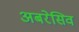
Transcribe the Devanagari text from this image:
अबरेसिव